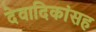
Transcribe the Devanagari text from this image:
देवादिकांसह